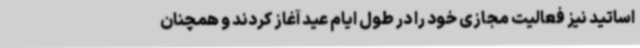
اساتید نیز فعالیت مجازی خود را در طول ایام عید آغاز کردند و همچنان